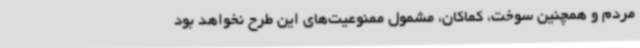
مردم‌ و همچنین سوخت، کماکان، مشمول ممنوعیت‌های این طرح نخواهد بود